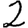
Digit: 2